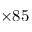
\times 8 5